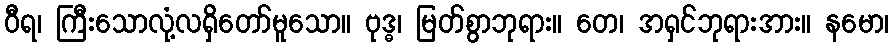
ဝီရ၊ ကြီးသောလုံ့လရှိတော်မူသော။ ဗုဒ္ဓ၊ မြတ်စွာဘုရား။ တေ၊ အရှင်ဘုရားအား။ နမော၊